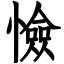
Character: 憸